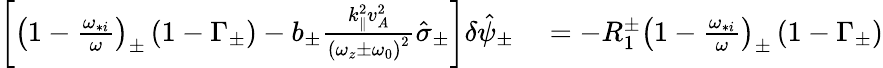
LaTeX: \begin{array}{rl}{\left[\left(1-\frac{\omega_{*i}}{\omega}\right)_{\pm}\left(1-\Gamma_{\pm}\right)-b_{\pm}\frac{k_{\parallel}^{2}v_{A}^{2}}{\left(\omega_{z}\pm\omega_{0}\right)^{2}}\hat{\sigma}_{\pm}\right]\delta\hat{\psi}_{\pm}}&{{}=-R_{1}^{\pm}\left(1-\frac{\omega_{*i}}{\omega}\right)_{\pm}\left(1-\Gamma_{\pm}\right)}\end{array}